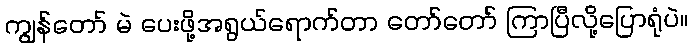
ကျွန်တော် မဲ ပေးဖို့အရွယ်ရောက်တာ တော်တော် ကြာပြီလို့ပြောရုံပဲ။